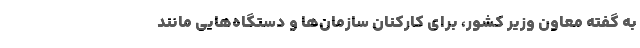
به گفته معاون وزیر کشور، برای کارکنان سازمان‌ها و دستگاه‌هایی مانند